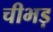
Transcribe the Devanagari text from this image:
चीभड़